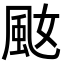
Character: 𩖠